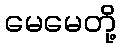
မေမေတို့